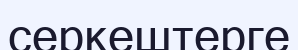
серкештерге